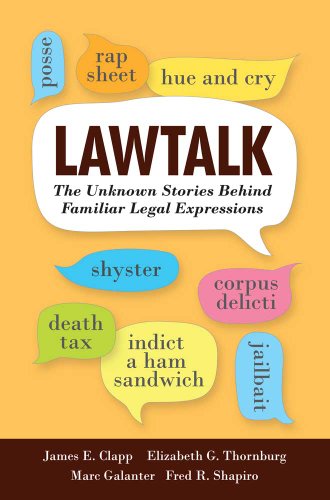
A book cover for Lawtalk: The Unknown Stories Behind Familiar Legal Expressions; James E. Clapp; Law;